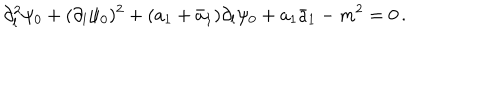
LaTeX: \partial _ { l } ^ { 2 } \psi _ { 0 } + ( \partial _ { l } \psi _ { 0 } ) ^ { 2 } + ( a _ { 1 } + \bar { a } _ { 1 } ) \partial _ { l } \psi _ { 0 } + a _ { 1 } \bar { a } _ { 1 } - m ^ { 2 } = 0 \, .